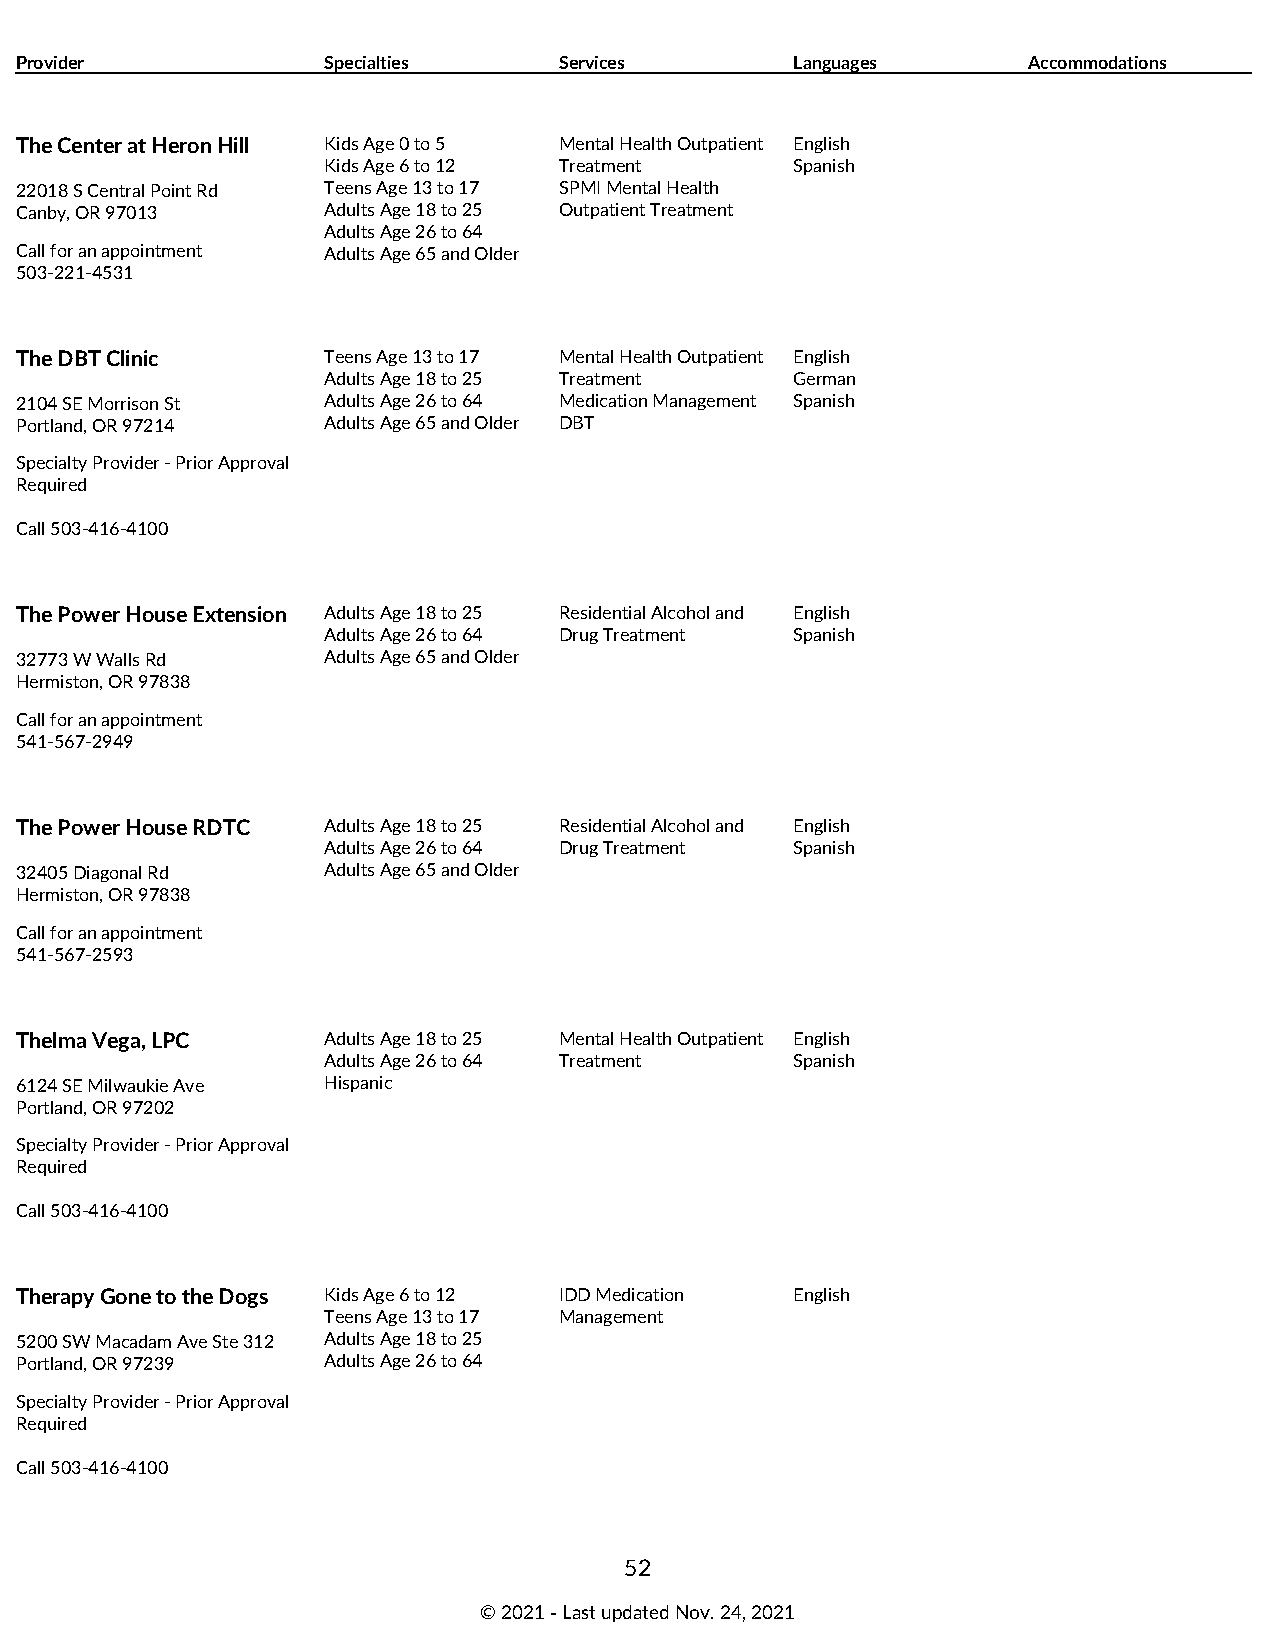
Provider            Specialties     Services        Languages      Accommodations
 The Center at Heron Hill Kids Age 0 to 5 Mental Health Outpatient English
 Kids Age 6 to 12 Treatment      Spanish
 22018 S Central Point Rd Teens Age 13 to 17 SPMI Mental Health
 Canby, OR 97013     Adults Age 18 to 25 Outpatient Treatment
 Adults Age 26 to 64
 Call for an appointment Adults Age 65 and Older
 503-221-4531
 The DBT Clinic      Teens Age 13 to 17 Mental Health Outpatient English
 Adults Age 18 to 25 Treatment   German
 2104 SE Morrison St Adults Age 26 to 64 Medication Management Spanish
 Portland, OR 97214  Adults Age 65 and Older DBT
 Specialty Provider - Prior Approval
 Required
 Call 503-416-4100
 The Power House Extension Adults Age 18 to 25 Residential Alcohol and English
 Adults Age 26 to 64 Drug Treatment Spanish
 32773 W Walls Rd    Adults Age 65 and Older
 Hermiston, OR 97838
 Call for an appointment
 541-567-2949
 The Power House RDTC Adults Age 18 to 25 Residential Alcohol and English
 Adults Age 26 to 64 Drug Treatment Spanish
 32405 Diagonal Rd   Adults Age 65 and Older
 Hermiston, OR 97838
 Call for an appointment
 541-567-2593
 Thelma Vega, LPC    Adults Age 18 to 25 Mental Health Outpatient English
 Adults Age 26 to 64 Treatment   Spanish
 6124 SE Milwaukie Ave Hispanic
 Portland, OR 97202
 Specialty Provider - Prior Approval
 Required
 Call 503-416-4100
 Therapy Gone to the Dogs Kids Age 6 to 12 IDD Medication English
 Teens Age 13 to 17 Management
 5200 SW Macadam Ave Ste 312 Adults Age 18 to 25
 Portland, OR 97239  Adults Age 26 to 64
 Specialty Provider - Prior Approval
 Required
 Call 503-416-4100
 52
 © 2021 ‑ Last updated Nov. 24, 2021